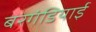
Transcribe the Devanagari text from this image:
बरगंडियाई